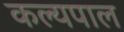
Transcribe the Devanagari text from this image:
कल्यपाल